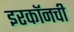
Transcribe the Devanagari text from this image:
इरकॉनची